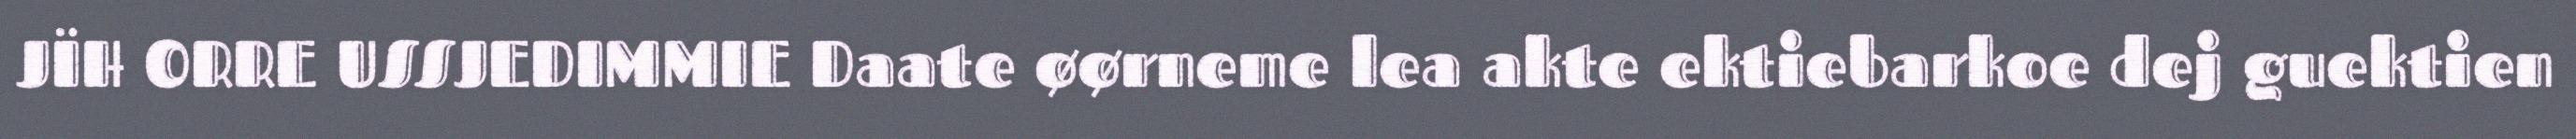
JÏH ORRE USSJEDIMMIE Daate øørneme lea akte ektiebarkoe dej guektien